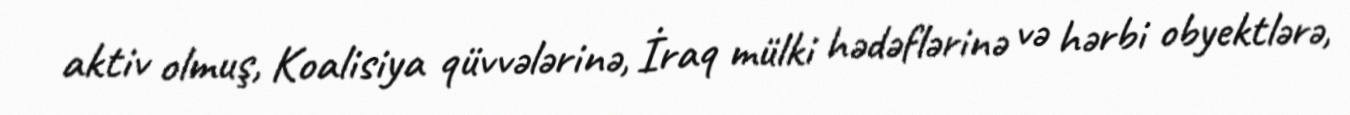
aktiv olmuş, Koalisiya qüvvələrinə, İraq mülki hədəflərinə və hərbi obyektlərə,